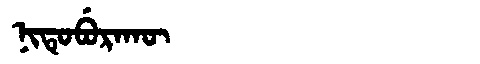
Manchu: ᠨᡳᡨᡠᠪᡠᡵᠠᡴᡡ
Romanization: NITUBURAKŪ